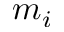
m _ { i }